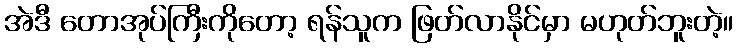
အဲဒီ တောအုပ်ကြီးကိုတော့ ရန်သူက ဖြတ်လာနိုင်မှာ မဟုတ်ဘူးတဲ့။